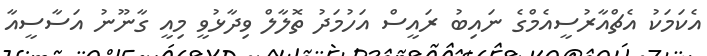
އެކަމަކު އެޗްއާރުސީއެމްގެ ނައިބު ރައީސް އަހުމަދު ތޮލާލް ވިދާޅުވީ މިއީ ގާނޫނު އަސާސީއާ